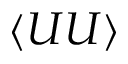
\langle U U \rangle